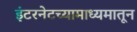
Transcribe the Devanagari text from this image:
इंटरनेटच्यामाध्यमातून